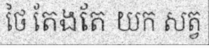
ថៃ តែងតែ យក សត្វ